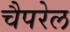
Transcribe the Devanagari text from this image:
चैपरेल